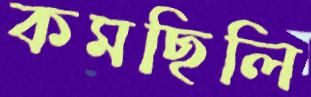
কমছিলি